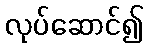
လုပ်ဆောင်၍